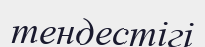
тендестігі